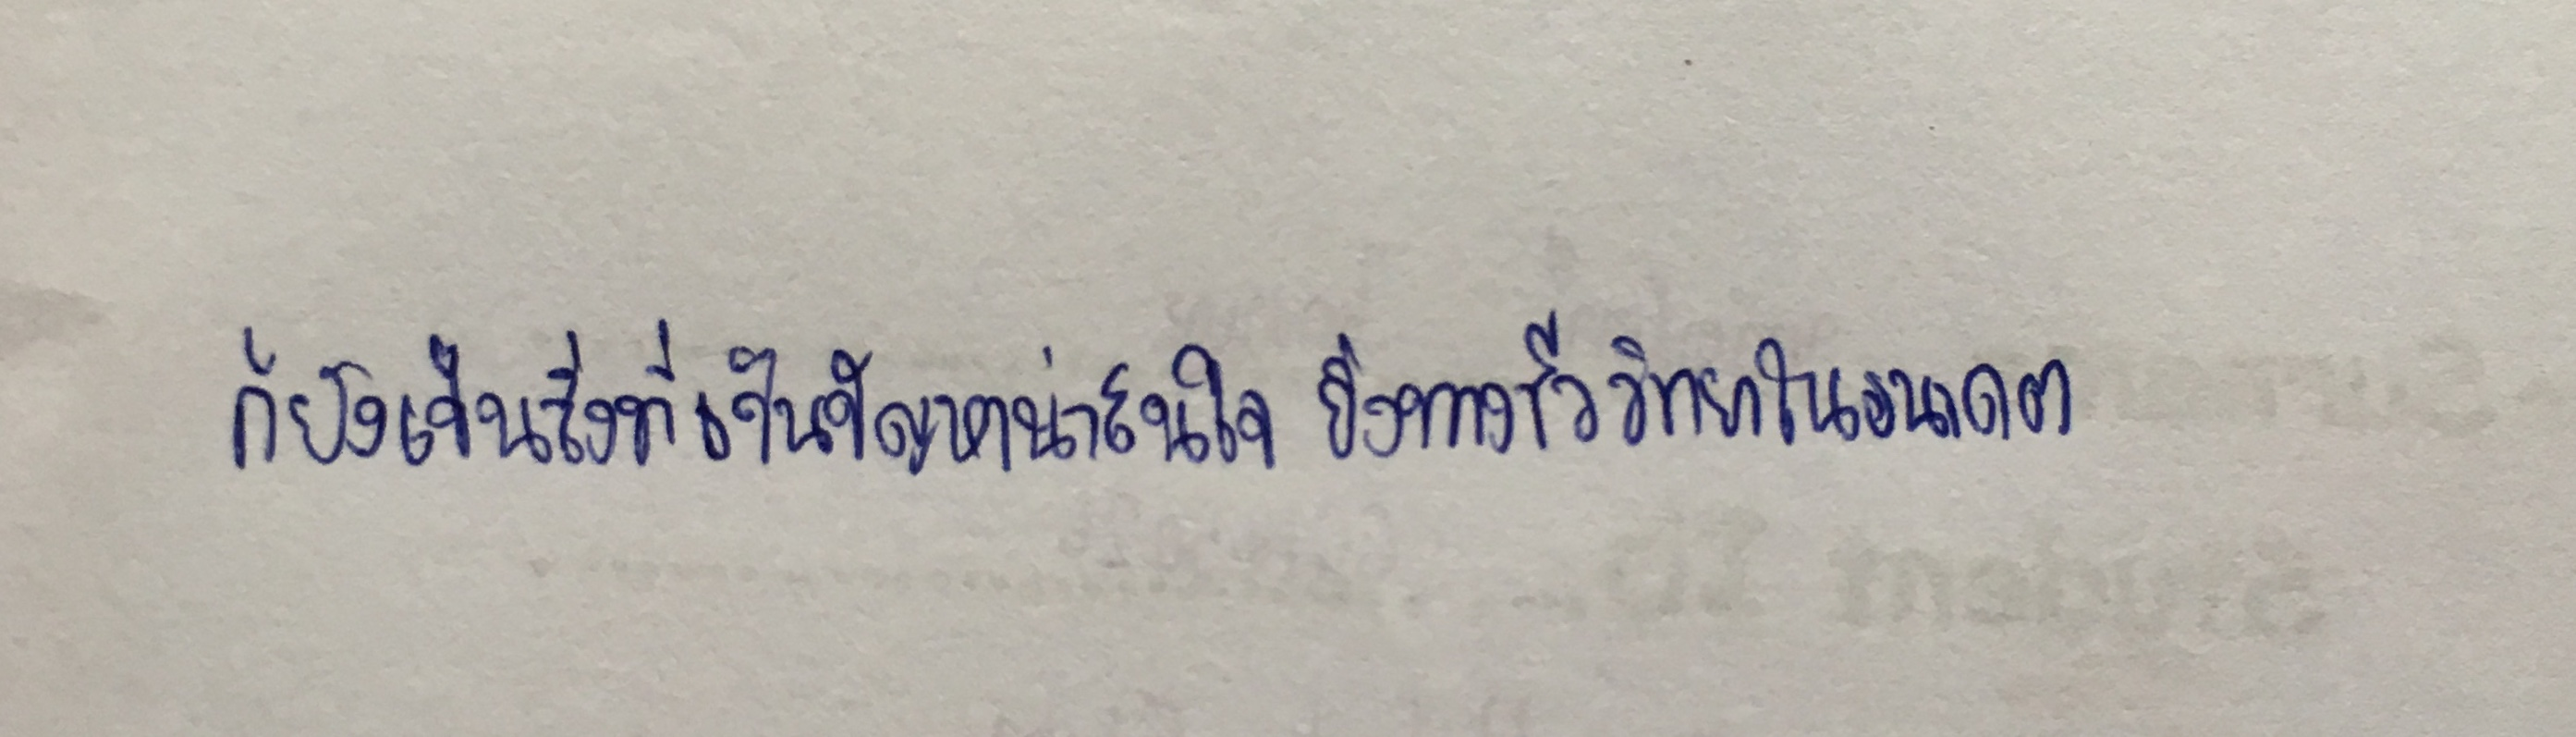
ก็ยังเป็นสิ่งที่เป็นปัญหาน่าสนใจยิ่งทางชีววิทยาในอนาคต